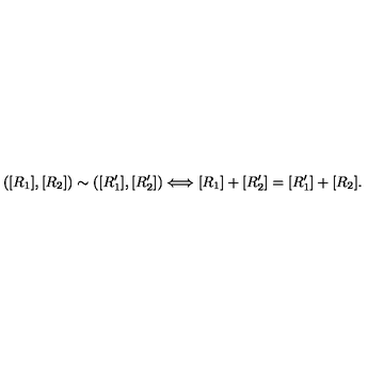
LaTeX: ( [ R _ { 1 } ] , [ R _ { 2 } ] ) \sim ( [ R _ { 1 } ^ { \prime } ] , [ R _ { 2 } ^ { \prime } ] ) \Longleftrightarrow [ R _ { 1 } ] + [ R _ { 2 } ^ { \prime } ] = [ R _ { 1 } ^ { \prime } ] + [ R _ { 2 } ] .